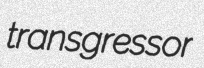
transgressor